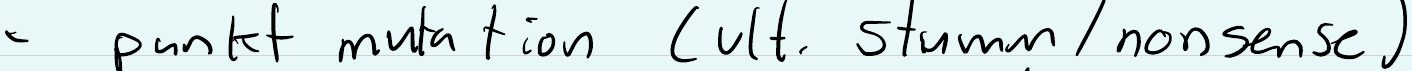
- punkt mutation (ult. stumm / nonsense)